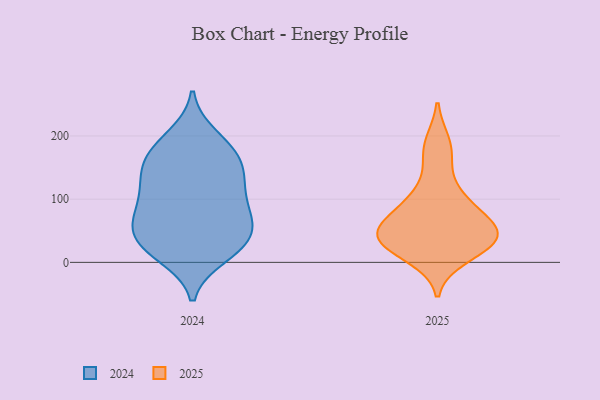
{"axis": {"x": "Waste Production (Tons)", "y": "Value"}, "legend": ["2024", "2025"], "data": [{"x": "", "y": 65, "type": "2024"}, {"x": "", "y": 18, "type": "2024"}, {"x": "", "y": 136, "type": "2024"}, {"x": "", "y": 167, "type": "2024"}, {"x": "", "y": 84, "type": "2024"}, {"x": "", "y": 28, "type": "2024"}, {"x": "", "y": 153, "type": "2024"}, {"x": "", "y": 11, "type": "2024"}, {"x": "", "y": 199, "type": "2024"}, {"x": "", "y": 171, "type": "2024"}, {"x": "", "y": 185, "type": "2024"}, {"x": "", "y": 118, "type": "2024"}, {"x": "", "y": 108, "type": "2024"}, {"x": "", "y": 30, "type": "2024"}, {"x": "", "y": 135, "type": "2024"}, {"x": "", "y": 70, "type": "2024"}, {"x": "", "y": 39, "type": "2024"}, {"x": "", "y": 49, "type": "2024"}, {"x": "", "y": 78, "type": "2024"}, {"x": "", "y": 58, "type": "2025"}, {"x": "", "y": 33, "type": "2025"}, {"x": "", "y": 30, "type": "2025"}, {"x": "", "y": 106, "type": "2025"}, {"x": "", "y": 171, "type": "2025"}, {"x": "", "y": 34, "type": "2025"}, {"x": "", "y": 104, "type": "2025"}, {"x": "", "y": 187, "type": "2025"}, {"x": "", "y": 36, "type": "2025"}, {"x": "", "y": 53, "type": "2025"}, {"x": "", "y": 37, "type": "2025"}, {"x": "", "y": 79, "type": "2025"}, {"x": "", "y": 11, "type": "2025"}, {"x": "", "y": 57, "type": "2025"}]}